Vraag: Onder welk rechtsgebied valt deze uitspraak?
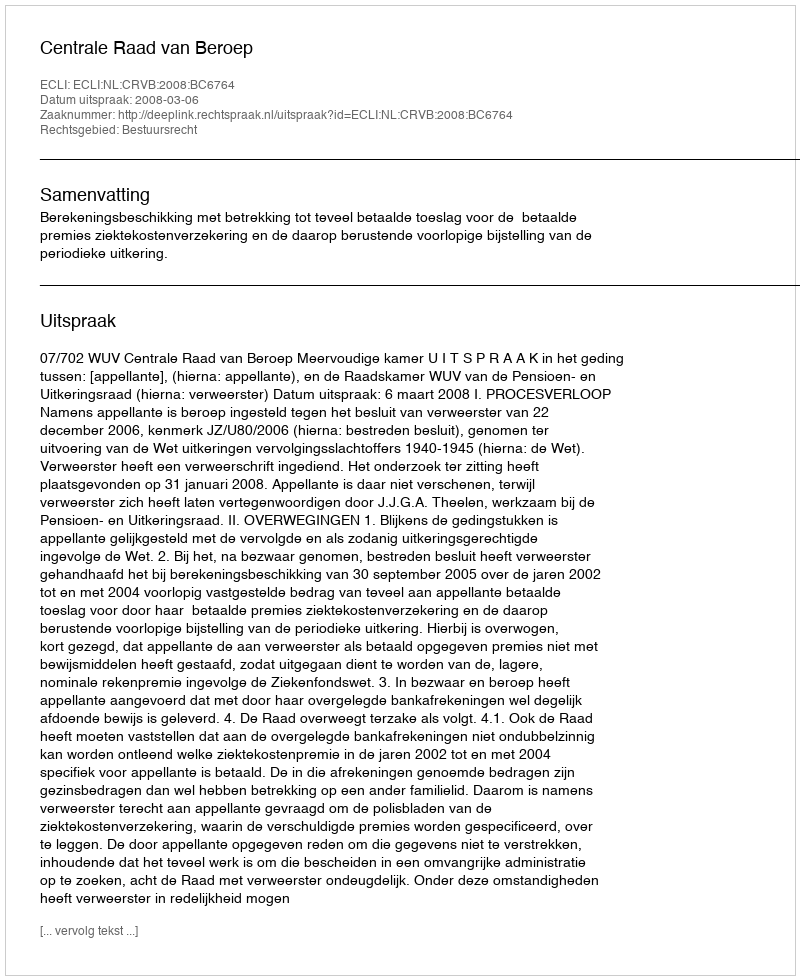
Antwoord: Bestuursrecht